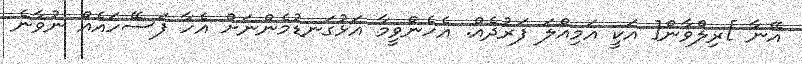
އޭނާ ]ރިލްވާން[ އަކީ އަމިއްލަ ފަރުދެއް. އެހެންވީމާ އަޅުގަނޑުމެންނަށް އެހާ ފަސޭހައެއް ނުވާނެ